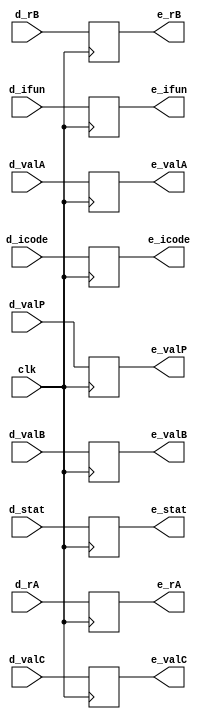
module e_reg(
  clk,
  d_stat,d_icode,d_ifun,d_rA,d_rB,d_valC,d_valP,d_valA,d_valB,
  e_stat,e_icode,e_ifun,e_rA,e_rB,e_valC,e_valP,e_valA,e_valB
);  
  input clk;
  input [2:0]  d_stat;
  input [3:0]  d_icode;
  input [3:0]  d_ifun;
  input [3:0]  d_rA;
  input [3:0]  d_rB;
  input [63:0] d_valC;
  input [63:0] d_valP;
  input [63:0] d_valA;
  input [63:0] d_valB;
  output reg [2:0]  e_stat;
  output reg [3:0]  e_icode;
  output reg [3:0]  e_ifun;
  output reg [3:0]  e_rA;
  output reg [3:0]  e_rB;
  output reg [63:0] e_valC;
  output reg [63:0] e_valP;
  output reg [63:0] e_valA;
  output reg [63:0] e_valB;

  always@(posedge clk)
  begin
    e_stat    <=  d_stat;    
    e_icode   <=  d_icode;     
    e_ifun    <=  d_ifun;    
    e_rA      <=  d_rA;  
    e_rB      <=  d_rB;  
    e_valC    <=  d_valC;    
    e_valP    <=  d_valP;    
    e_valA    <=  d_valA;    
    e_valB    <=  d_valB;    
  end
endmodule